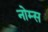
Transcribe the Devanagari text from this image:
नोम्स